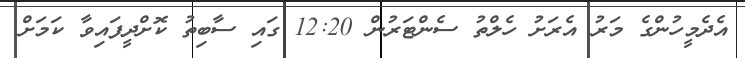
އެދެމީހުންގެ މަރު އެރަށު ހެލްތު ސެންޓަރުން 12:20 ގައި ސާބިތު ކޮށްދީފައިވާ ކަމަށް